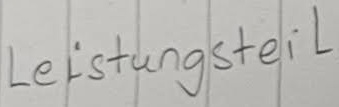
Text: Leistungsteil